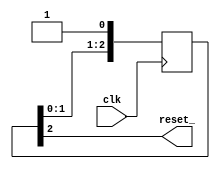

module reset_gen(
    input  wire  clk,
    output wire  reset_
    );

    reg [2:0] reset_vec_;

    initial reset_vec_ = 0;

    always @(posedge clk) begin
        reset_vec_  <= { reset_vec_[1:0], 1'b1 };
    end

    assign reset_ = reset_vec_[2];

endmodule